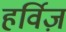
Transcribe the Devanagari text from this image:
हर्विज़